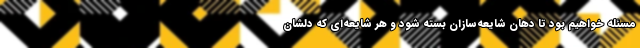
مسئله خواهیم بود تا دهان شایعه‌سازان بسته شود و هر شایعه‌ای که دلشان